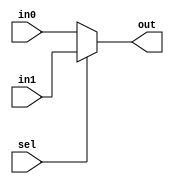
`timescale 1ns / 1ps
//////////////////////////////////////////////////////////////////////////////////
// Company: 
// Engineer: 
// 
// Design Name: 
// Module Name:    MUX 
// Project Name: 
// Target Devices: 
// Tool versions: 
// Description: 
//
// Dependencies: 
//
// Revision: 
// Revision 0.01 - File Created
// Additional Comments: 
//
//////////////////////////////////////////////////////////////////////////////////
module Mux_2_32(		// 2 ports in, 32-bits
	input [31:0] in0,
	input [31:0] in1,
	input sel,
	output [31:0] out
    );
	assign out = (sel == 0)? in0:in1;
endmodule

module Mux_4_5(
	input [4:0] in0,
	input [4:0] in1,
	input [4:0] in2,
	input [4:0] in3,
	input [1:0] sel,
	output [4:0] out
	);
	assign out =	(sel == 2'b00)? in0:
					(sel == 2'b01)? in1:
					(sel == 2'b10)? in2:
					in3;
endmodule 

module Mux_4_32(
	input [31:0] in0,
	input [31:0] in1,
	input [31:0] in2,
	input [31:0] in3,
	input [1:0] sel,
	output [31:0] out
	);
	assign out =	(sel == 2'b00)? in0:
					(sel == 2'b01)? in1:
					(sel == 2'b10)? in2:
					in3;
endmodule